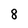
Character: 8